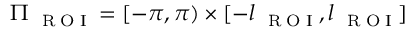
\Pi _ { \mathrm { ~ \tiny ~ R ~ O ~ I ~ } } = [ - \pi , \pi ) \times [ - l _ { \mathrm { ~ \tiny ~ R ~ O ~ I ~ } } , l _ { \mathrm { ~ \tiny ~ R ~ O ~ I ~ } } ]